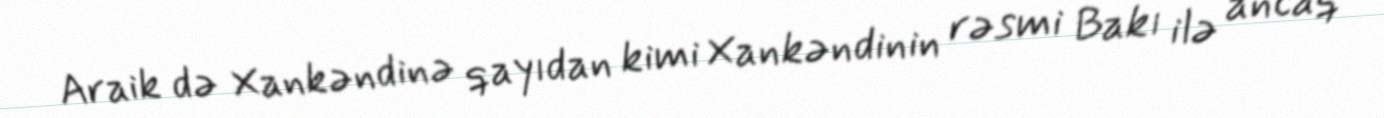
Araik də Xankəndinə qayıdan kimi Xankəndinin rəsmi Bakı ilə ancaq